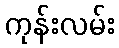
ကုန်းလမ်း